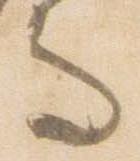
而